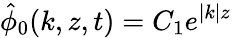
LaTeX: \hat{\phi}_{0}(k,z,t)=C_{1}e^{|k|z}